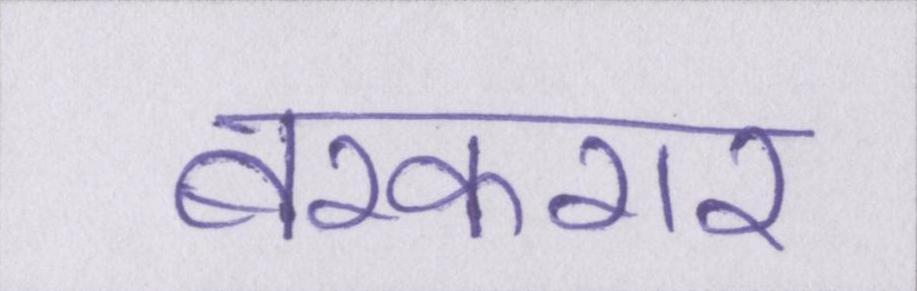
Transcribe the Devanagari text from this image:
बरकरार